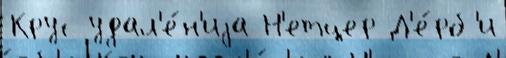
Крус удал'е́н'иjа Н'етцер Д'е́рб'и